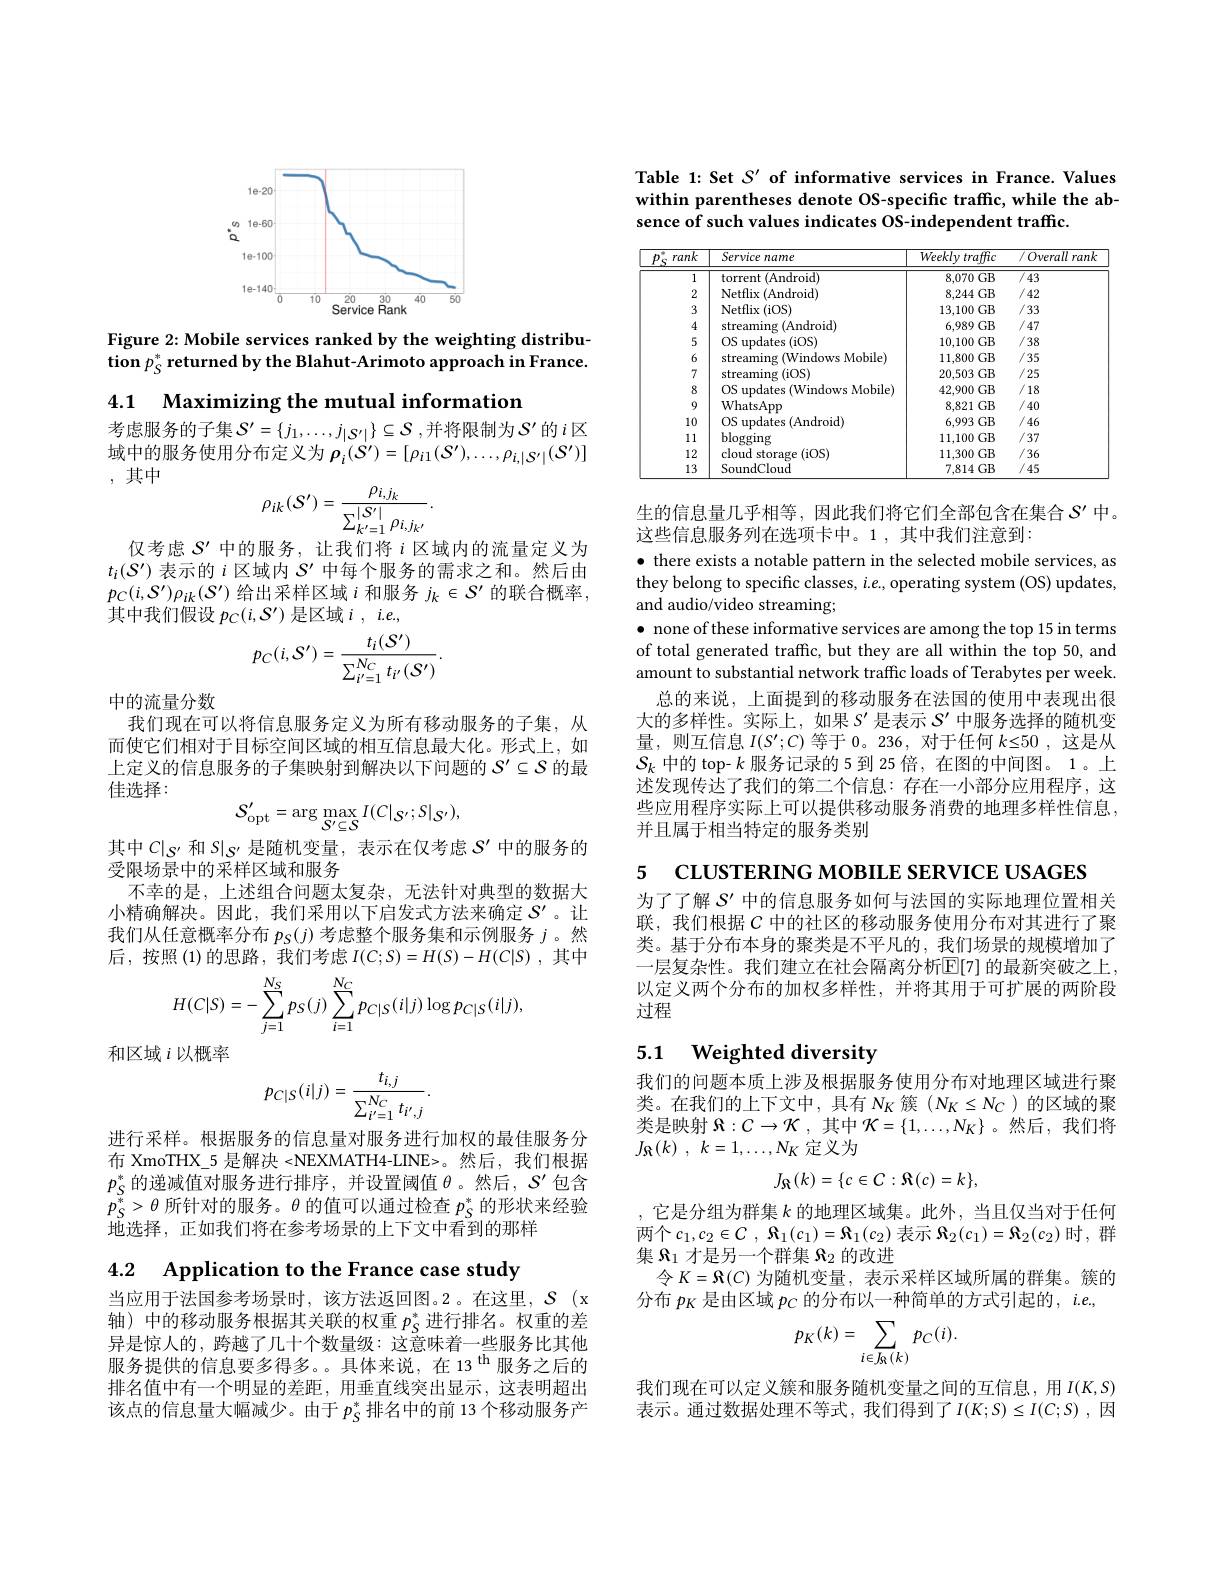
<FigureHere>

Figure 2: Mobile services ranked by the weighting distribution $p_S^*$ returned by the Blahut-Arimoto approach in France.

4.1 Maximizing the mutual information

考虑服务的子集$S^\prime = \{ j_1, \ldots , j_{| S^{\prime }| }\} \subseteq \mathcal{S}$ ,并将限制为$\mathcal{S}^\prime$的$i$区域中的服务使用分布定义为$\rho_i(\dot{\mathcal{S}}^{\prime})=[\rho_{i1}(\mathcal{S}^{\prime}),\ldots,\rho_{i,|\mathcal{S}^{\prime}|}(\mathcal{S}^{\prime})]$ ,其中
$$\rho_{ik}(S')=\frac{\rho_{i,j_{k}}}{\sum_{k'=1}^{|S'|}\rho_{i,j_{k'}}}.$$
仅考虑$S^{\prime}$中的服务，让我们将$i$区域内的流量定义为$t_i(S^{\prime})$表示的$i$区域内$S^{\prime}$中每个服务的需求之和。然后由$p_{C}(i,S^{\prime})\rho_{ik}(\mathcal{S}^{\prime})$给出采样区域$i$和服务$j_k\in\mathcal{S}^\prime$的联合概率， 其中我们假设$p_C(i,\mathcal{S}^{\prime})$是区域$i,ie.$,
$$p_{C}(i,S^{\prime})=\frac{t_{i}(S^{\prime})}{\sum_{i^{\prime}=1}^{N_{C}}t_{i^{\prime}}(S^{\prime})}.$$
中的流量分数

我们现在可以将信息服务定义为所有移动服务的子集，从而使它们相对于目标空间区域的相互信息最大化。形式上，如上定义的信息服务的子集映射到解决以下问题的$S^{\prime}\subseteq\mathcal{S}$的最佳选择：
$$S_{\mathrm{opt}}^{\prime}=\arg\max_{S^{\prime}\subseteq S}I(C|_{S^{\prime}};S|_{S^{\prime}}),$$
其中$C|_{S^{\prime}}$和$S|_{S^{\prime}}$是随机变量，表示在仅考虑$S^\prime$中的服务的
受限场景中的采样区域和服务
不幸的是，上述组合问题太复杂，无法针对典型的数据大小精确解决。因此，我们采用以下启发式方法来确定$S^{\prime}$ 。让我们从任意概率分布$p_S(j)$考虑整个服务集和示例服务$j$ 。然后，按照 (1)的思路，我们考虑$I(C;S)=H(S)-H(C|S)$ ,其中
$$H(C|S)=-\sum_{j=1}^{N_S}p_S(j)\sum_{i=1}^{N_C}p_{C|S}(i|j)\log p_{C|S}(i|j),$$
和区域$i$以概率
$$p_{C|S}(i|j)=\frac{t_{i,j}}{\sum_{i'=1}^{N_{C}}t_{i',j}}.$$
进行采样。根据服务的信息量对服务进行加权的最佳服务分布 XmoTHX\_5 是解决 <NEXMATH4-LINE>。然后，我们根据$p_{S}^{*}$的递减值对服务进行排序，并设置阈值$\theta$。然后，$S^\prime$包含$\bar{p}_{S}^{*}>\theta$所针对的服务。$\theta$的值可以通过检查$p_{S}^{*}$的形状来经验地选择，正如我们将在参考场景的上下文中看到的那样

4.2 $\textbf{Application to the France case study}$

当应用于法国参考场景时，该方法返回图。2。在这里，$\mathcal{S}$(x 轴) 中的移动服务根据其关联的权重$p_S^*$进行排名。权重的差异是惊人的，跨越了几十个数量级：这意味着一些服务比其他服务提供的信息要多得多。。具体来说，在 13$^\mathrm{th}$服务之后的排名值中有一个明显的差距，用垂直线突出显示，这表明超出该点的信息量大幅减少。由于$p_S^*$排名中的前 13 个移动服务产

Table 1: Set $S^\prime$ of informative services in France. Values within parentheses denote OS-specific traffic, while the absence of such values indicates OS-independent traffic.

<table>
	<tbody>
		<tr>
			<th>rank</th>
			<th>Service name</th>
			<th>$\overline{Weekly\textit{traffic}}$</th>
			<th>$/Overall$ rank</th>
		</tr>
		<tr>
			<td>1</td>
			<td>torrent (Android)</td>
			<td>8,070 GB</td>
			<td>743</td>
		</tr>
		<tr>
			<td>2</td>
			<td>Netflix (Android)</td>
			<td>8,244GB</td>
			<td>/42</td>
		</tr>
		<tr>
			<td>3</td>
			<td>Netflix ( iOS) </td>
			<td>13,100GB</td>
			<td>/33</td>
		</tr>
		<tr>
			<td>4</td>
			<td>streaming (Android)</td>
			<td>6,989GB</td>
			<td>/47</td>
		</tr>
		<tr>
			<td>5</td>
			<td>OS updates (iOS)</td>
			<td>10,100GB</td>
			<td>/38</td>
		</tr>
		<tr>
			<td>6</td>
			<td>streaming (Windows Mobile)</td>
			<td>11,800GB</td>
			<td>/35</td>
		</tr>
		<tr>
			<td>7</td>
			<td>streaming (iOS)</td>
			<td>20,503 GB</td>
			<td>/25</td>
		</tr>
		<tr>
			<td>8</td>
			<td>OS updates s (Windows Mobile)</td>
			<td>42,900 GB</td>
			<td>/18</td>
		</tr>
		<tr>
			<td>9</td>
			<td>WhatsApp</td>
			<td>8,821 GB</td>
			<td>/40</td>
		</tr>
		<tr>
			<td>10</td>
			<td>OS updates (Android)</td>
			<td>6,993 GB</td>
			<td>/46</td>
		</tr>
		<tr>
			<td>11</td>
			<td>$\operatorname{blogging}$</td>
			<td>11,100 GB</td>
			<td>/37</td>
		</tr>
		<tr>
			<td>12</td>
			<td>cloud storage (iOS)</td>
			<td>11,300GB</td>
			<td>/36</td>
		</tr>
		<tr>
			<td>13</td>
			<td>SoundCloud</td>
			<td>7,814GB</td>
			<td>/45</td>
		</tr>
	</tbody>
</table>

生的信息量几乎相等，因此我们将它们全部包含在集合$S^{\prime}$中。
这些信息服务列在选项卡中。1,其中我们注意到：
$\bullet$ there exists a notable pattern in the selected mobile services, as they belong to specific classes, $i.e$, operating system (OS) updates, and audio/video streaming;
$\bullet$ none of these informative services are among the top 15 in terms of total generated traffic, but they are all within the top 50, and amount to substantial network traffic loads of Terabytes per week.
总的来说，上面提到的移动服务在法国的使用中表现出很大的多样性。实际上，如果$S^{\prime}$是表示$S^{\prime}$中服务选择的随机变量，则互信息$I(S^\prime;C)$等于0。236,对于任何$k\leq50$ ,这是从$S_k$中的 top- $k$服务记录的 5 到 25 倍，在图的中间图。1。上述发现传达了我们的第二个信息：存在一小部分应用程序，这些应用程序实际上可以提供移动服务消费的地理多样性信息， 并且属于相当特定的服务类别

5 CLUSTERING MOBILE SERVICE USAGES

为了了解$S^{\prime}$中的信息服务如何与法国的实际地理位置相关联，我们根据$C$中的社区的移动服务使用分布对其进行了聚类。基于分布本身的聚类是不平凡的，我们场景的规模增加了一层复杂性。我们建立在社会隔离分析$\mathbb{E}[7]$ 的最新突破之上， 以定义两个分布的加权多样性，并将其用于可扩展的两阶段过程

# 5.1 $\textbf{Weighted diversity}$

我们的问题本质上涉及根据服务使用分布对地理区域进行聚类。在我们的上下文中，具有$N_K$簇$(N_K\leq N_C)$的区域的聚类是映射$\Re:C\to\mathcal{K}$ ,其中$\mathcal{K}=\{1,\ldots,N_K\}$ 。然后，我们将$J_{\Re }( k)$ , $k= 1, \ldots , N_{K}$定义为
$$J_{\Re}(k)=\{c\in C:\Re(c)=k\},$$
,它是分组为群集$k$的地理区域集。此外，当且仅当对于任何两个$c_1, c_2\in C$ , ${\mathcal{A} }_1( c_1) = {\mathcal{A} }_1( c_2)$ 表示 $\Re_2(c_1)={\mathcal A}_2(c_2)$ 时，群集$\Re_{1}$才是另一个群集$\Re_2$的改进
令$K=\Re(C)$ 为随机变量，表示采样区域所属的群集。簇的
分布$p_{K}$是由区域$p_{C}$的分布以一种简单的方式引起的，$i.e.$,
$$p_K(k)=\sum_{i\in J_R(k)}p_C(i).$$
我们现在可以定义簇和服务随机变量之间的互信息，用$I(K,S)$ 表示。通过数据处理不等式，我们得到了$I(K;S)\leq I(C;S)$,因